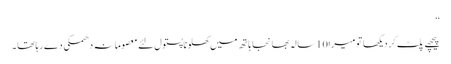
‘‘
پیچھے پلٹ کر دیکھا تو میرا10سالہ بھانجا ہاتھ میں کھلونا پستول لئے معصومانہ دھمکی دے رہا تھا ۔